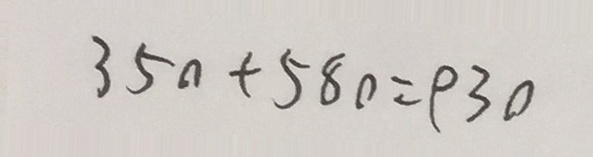
3 5 0 + 5 8 0 = 9 3 0